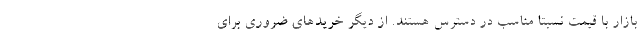
بازار با قیمت نسبتا مناسب در دسترس هستند. از دیگر خریدهای ضروری برای